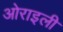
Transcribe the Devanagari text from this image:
ओराइली